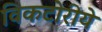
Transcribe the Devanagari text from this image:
विकटोरीये